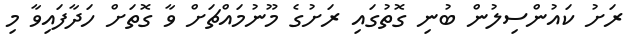
ރަށު ކައުންސިލުން ބުނި ގޮތުގައި ރަށުގެ މޫނުމައްޗަށް ވާ ގޮތަށް ހަދާފައިވާ މި